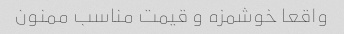
واقعا خوشمزه و قیمت مناسب ممنون